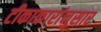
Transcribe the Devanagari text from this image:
टीकाकारांनुसार